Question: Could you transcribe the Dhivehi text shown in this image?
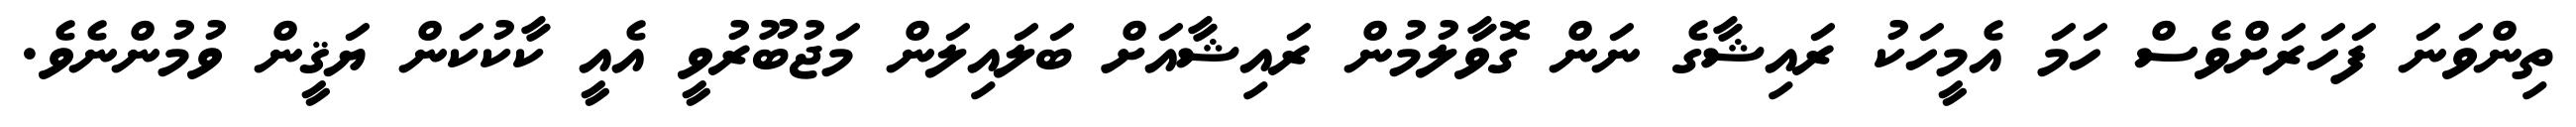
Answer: ތިންވަނަ ފަހަރަށްވެސް ހަމަ އެމީހަކު ރައިޝާގެ ނަން ގޮވާލުމުން ރައިޝާއަށް ބަލައިލަން މަޖުބޫރުވީ އެއީ ކާކުކަން ޔަޤީން ވުމުންނެވެ.